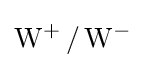
\mathrm {W} ^{+}\,/\,\mathrm {W} ^{-}